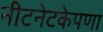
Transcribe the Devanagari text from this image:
नीटनेटकेपणा